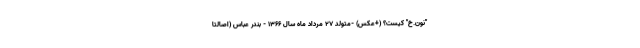
"نون.خ" کیست؟ (+عکس) -متولد ۲۷ مرداد ماه سال ۱۳۶۶ - بندر عباس (اصالتا